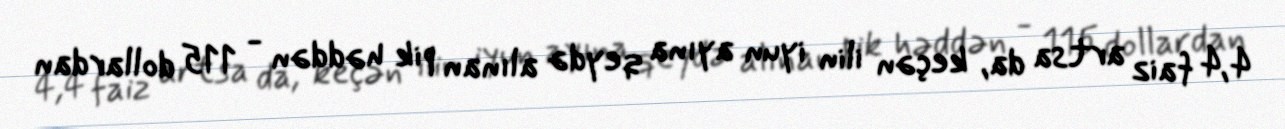
4,4 faiz artsa da, keçən ilin iyun ayına qeydə alınan pik həddən - 115 dollardan